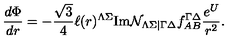
\frac { d \Phi } { d r } = - \frac { \sqrt { 3 } } { 4 } \ell ( r ) ^ { \Lambda \Sigma } \mathrm { I m } { \cal N } _ { \Lambda \Sigma | \Gamma \Delta } f _ { A B } ^ { \Gamma \Delta } \frac { e ^ { U } } { r ^ { 2 } } .